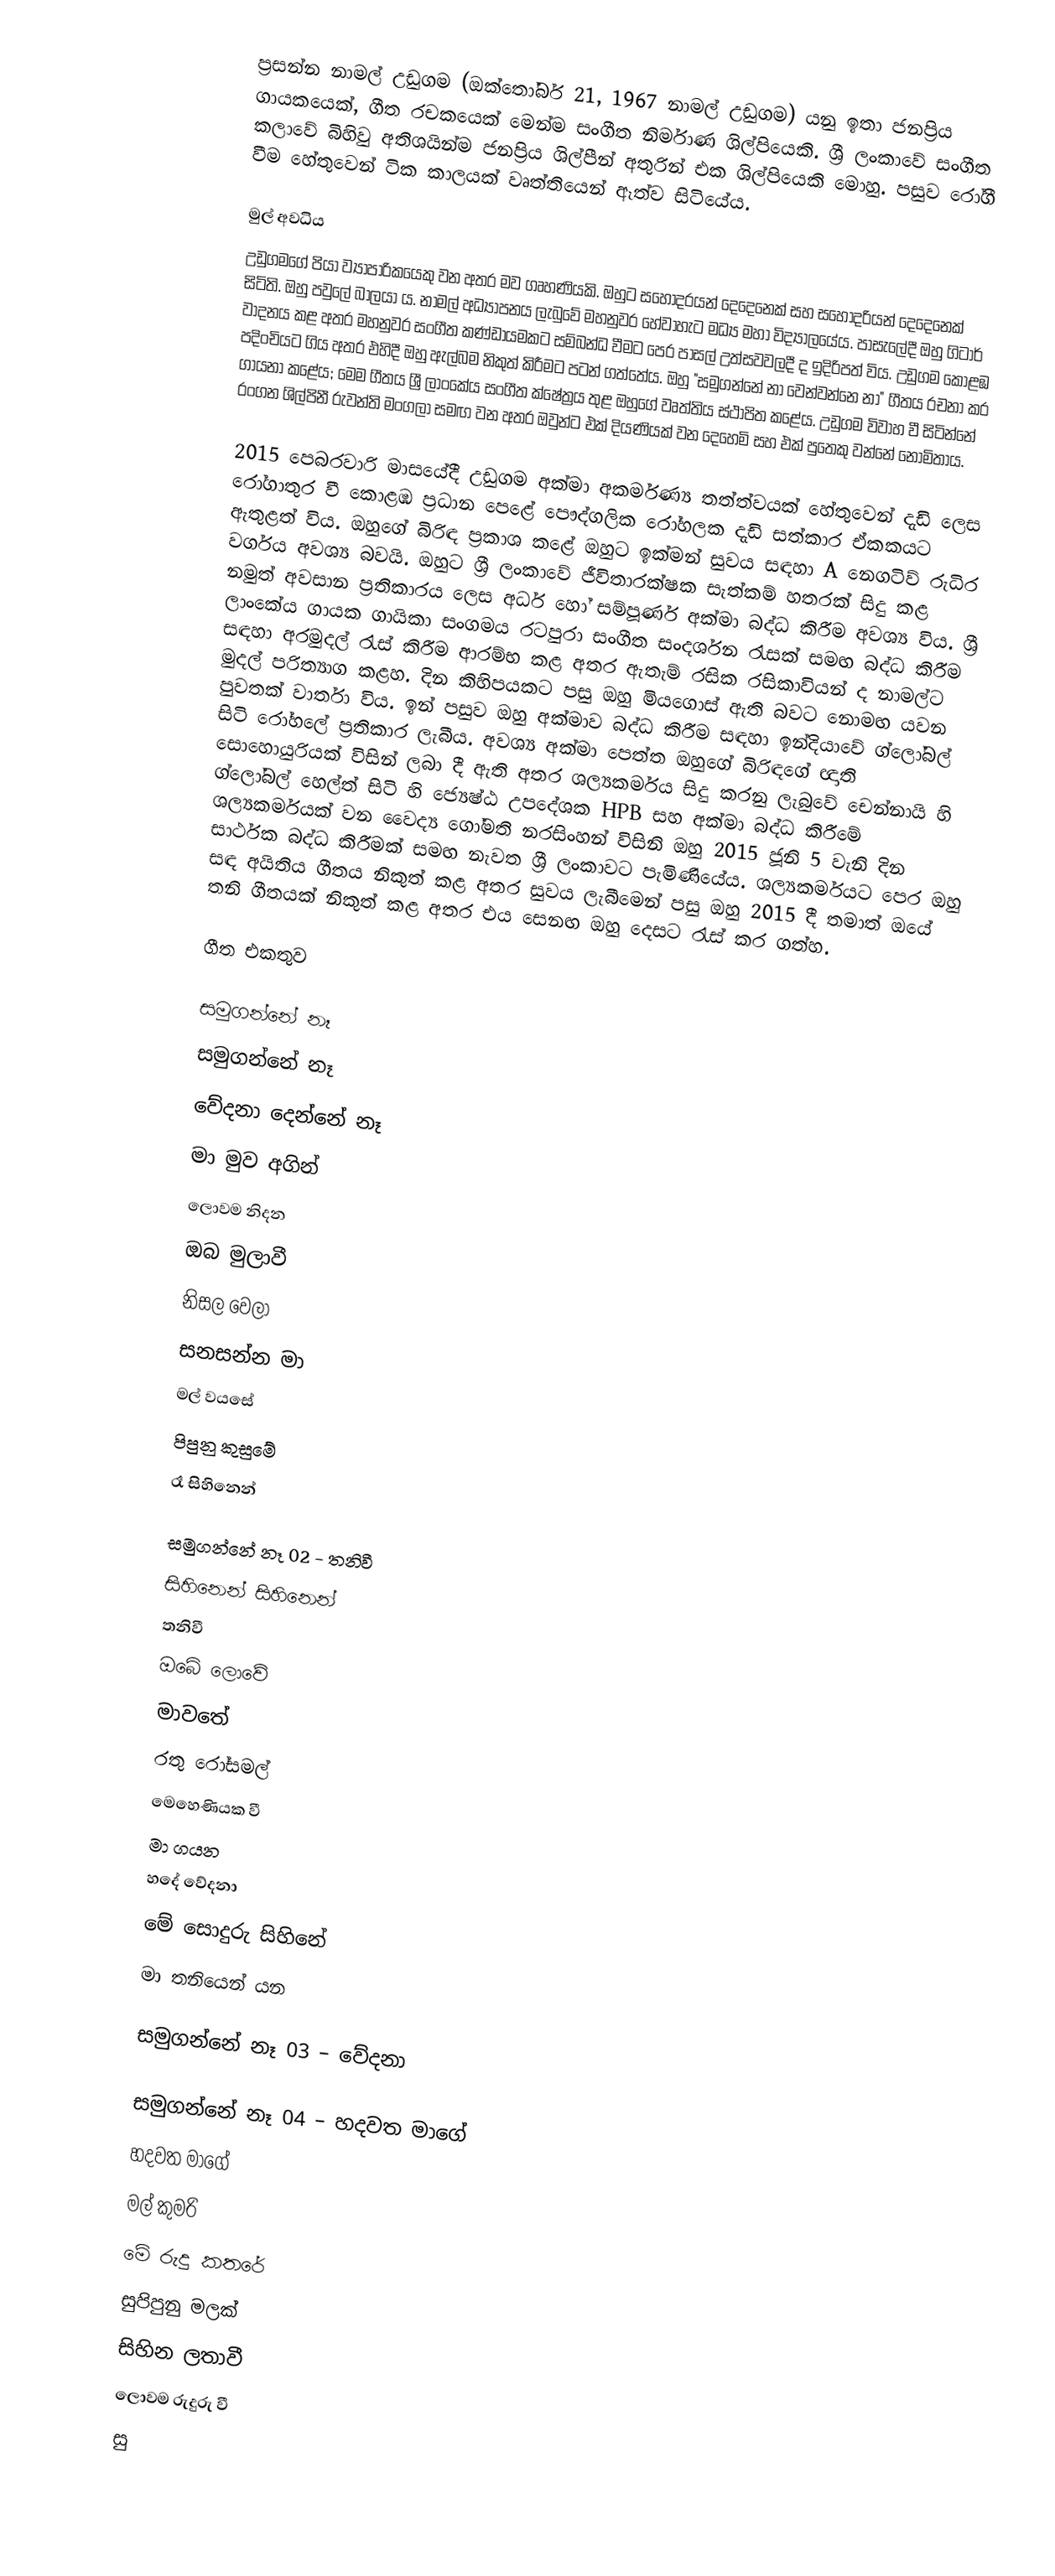
ප්‍රසන්න නාමල් උඩුගම (ඔක්තෝබර්  21, 1967 නාමල් උඩුගම) යනු ඉතා ජනප්‍රිය ගායකයෙක්, ගීත රචකයෙක් මෙන්ම සංගීත නිර්මාණ ශිල්පියෙකි. ශ්‍රී ලංකාවේ සංගීත කලාවේ බිහිවු අතිශයින්ම ජනප්‍රිය ශිල්පීන් අතුරින් එක ශිල්පියෙකි මොහු. පසුව රෝගී වීම හේතුවෙන් ටික කාලයක් වෘත්තියෙන් ඈත්ව සිටියේය.

මුල් අවධිය
උඩුගමගේ පියා ව්‍යාපාරිකයෙකු වන අතර මව ගෘහණියකි. ඔහුට සහෝදරයන් දෙදෙනෙක් සහ සහෝදරියන් දෙදෙනෙක් සිටිති. ඔහු පවුලේ බාලයා ය. නාමල් අධ්‍යාපනය ලැබුවේ මහනුවර හේවාහැට මධ්‍ය මහා විද්‍යාලයේය. පාසැලේදී ඔහු ගිටාර් වාදනය කළ අතර මහනුවර සංගීත කණ්ඩායමකට සම්බන්ධ වීමට පෙර පාසල් උත්සවවලදී ද ඉදිරිපත් විය. උඩුගම කොළඹ පදිංචියට ගිය අතර එහිදී ඔහු ඇල්බම නිකුත් කිරීමට පටන් ගත්තේය. ඔහු "සමුගන්නේ නා වෙන්වන්නෙ නා" ගීතය රචනා කර ගායනා කළේය; මෙම ගීතය ශ්‍රී ලාංකේය සංගීත ක්ෂේත්‍රය තුළ ඔහුගේ වෘත්තිය ස්ථාපිත කළේය. උඩුගම විවාහ වී සිටින්නේ රංගන ශිල්පිනී රුවන්ති මංගලා සමඟ වන අතර ඔවුන්ට එක් දියණියක් වන දෙහෙමි සහ එක් පුතෙකු වන්නේ නොමිතාය.

2015 පෙබරවාරි මාසයේදී උඩුගම අක්මා අකර්මණ්‍ය තත්ත්වයක් හේතුවෙන් දැඩි ලෙස රෝගාතුර වී කොළඹ ප්‍රධාන පෙළේ පෞද්ගලික රෝහලක දැඩි සත්කාර ඒකකයට ඇතුළත් විය. ඔහුගේ බිරිඳ ප්‍රකාශ කළේ ඔහුට ඉක්මන් සුවය සඳහා A නෙගටිව් රුධිර වර්ගය අවශ්‍ය බවයි. ඔහුට ශ්‍රී ලංකාවේ ජීවිතාරක්ෂක සැත්කම් හතරක් සිදු කළ නමුත් අවසාන ප්‍රතිකාරය ලෙස අර්ධ හෝ සම්පූර්ණ අක්මා බද්ධ කිරීම අවශ්‍ය විය. ශ්‍රී ලාංකේය ගායක ගායිකා සංගමය රටපුරා සංගීත සංදර්ශන රැසක් සමඟ බද්ධ කිරීම සඳහා අරමුදල් රැස් කිරීම ආරම්භ කළ අතර ඇතැම් රසික රසිකාවියන් ද නාමල්ට මුදල් පරිත්‍යාග කළහ. දින කිහිපයකට පසු ඔහු මියගොස් ඇති බවට නොමඟ යවන පුවතක් වාර්තා විය. ඉන් පසුව ඔහු අක්මාව බද්ධ කිරීම සඳහා ඉන්දියාවේ ග්ලෝබල් සිටි රෝහලේ ප්‍රතිකාර ලැබීය. අවශ්‍ය අක්මා පෙත්ත ඔහුගේ බිරිඳගේ ඥාති සොහොයුරියක් විසින් ලබා දී ඇති අතර ශල්‍යකර්මය සිදු කරනු ලැබුවේ චෙන්නායි හි ග්ලෝබල් හෙල්ත් සිටි හි ජ්‍යෙෂ්ඨ උපදේශක HPB සහ අක්මා බද්ධ කිරීමේ ශල්‍යකර්මයක් වන වෛද්‍ය ගෝමති නරසිංහන් විසිනි ඔහු 2015 ජූනි 5 වැනි දින සාර්ථක බද්ධ කිරීමක් සමඟ නැවත ශ්‍රී ලංකාවට පැමිණියේය. ශල්‍යකර්මයට පෙර ඔහු සඳ අයිතිය ගීතය නිකුත් කළ අතර සුවය ලැබීමෙන් පසු ඔහු 2015 දී තමාත් ඔයේ තනි ගීතයක් නිකුත් කළ අතර එය සෙනඟ ඔහු දෙසට රැස් කර ගත්හ.

ගීත එකතුව

සමුගන්නේ නෑ
සමුගන්නේ නෑ
වේදනා දෙන්නේ නෑ
මා මුව අගින්
ලොවම නිදන
ඔබ මුලාවී
නිසල වෙලා
සනසන්න මා
මල් වයසේ
පිපුනු කුසුමේ
රෑ සිහිනෙන්

සමුගන්නේ නෑ 02 - තනිවී
සිහිනෙන් සිහිනෙන්
තනිවී
ඔබේ ලොවේ
මාවතේ
රතු රෝසමල්
මෙහෙණියක වී
මා ගයන
හදේ වේදනා
මේ සොදුරු සිහිනේ
මා තනියෙන් යන

සමුගන්නේ නෑ 03 – වේදනා

සමුගන්නේ නෑ 04 –  හදවත මාගේ
හදවත මාගේ
මල් කුමරි
මේ රුදු කතරේ
සුපිපුනු මලක්
සිහින ලතාවී
ලොවම රුදුරු වී
සු